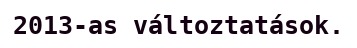
2013-as változtatások.